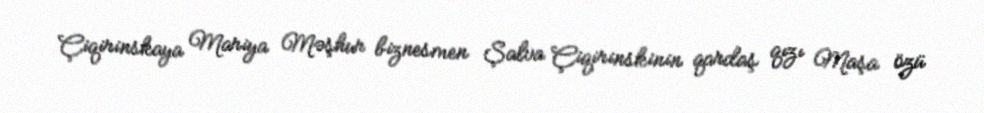
Çiqirinskaya Mariya Məşhur biznesmen Şalva Çiqirinskinin qardaş qızı Maşa özü